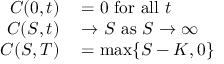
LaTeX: \begin{array} { r l } { C ( 0 , t ) } & { { } = 0 { \mathrm { ~ f o r ~ a l l ~ } } t } \\ { C ( S , t ) } & { { } \rightarrow S { \mathrm { ~ a s ~ } } S \rightarrow \infty } \\ { C ( S , T ) } & { { } = \operatorname* { m a x } \{ S - K , 0 \} } \end{array}